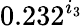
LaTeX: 0.232^{i_{3}}